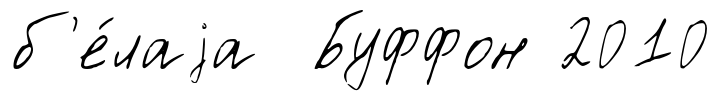
б'е́лаjа Буффон 2010